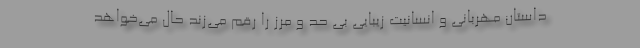
داستان مهربانی و انسانیت زیبایی بی حد و مرز را رقم می‌زند حال می‌خواهد